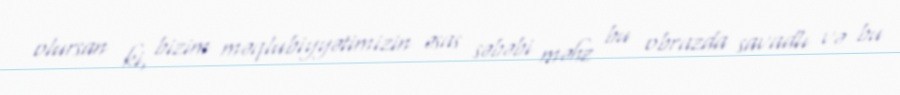
olursan ki, bizim məqlubiyyətimizin əsas səbəbi məhz bu obrazda savadlı və bu